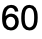
60